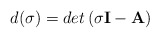
\begin{align*}d(\sigma) = det \left( \sigma {\bf I} - {\bf A} \right) \end{align*}